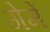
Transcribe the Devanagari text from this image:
गेमें